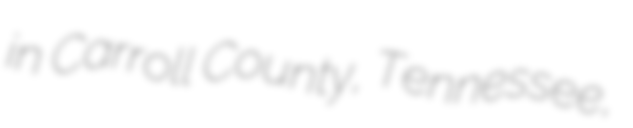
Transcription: in Carroll County, Tennessee,